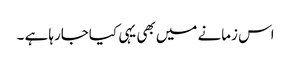
اس زمانے میں بھی یہی کیاجارہا ہے ۔